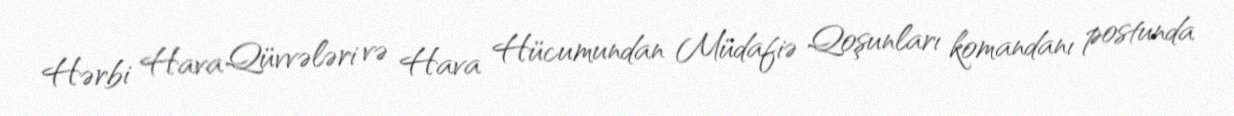
Hərbi Hava Qüvvələri və Hava Hücumundan Müdafiə Qoşunları komandanı postunda